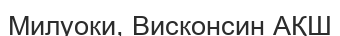
Милуоки, Висконсин АҚШ